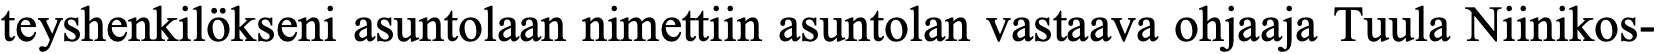
teyshenkilökseni asuntolaan nimettiin asuntolan vastaava ohjaaja Tuula Niinikos-